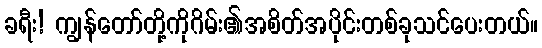
ခရီး! ကျွန်တော်တို့ကိုဂိမ်း၏အစိတ်အပိုင်းတစ်ခုသင်ပေးတယ်။